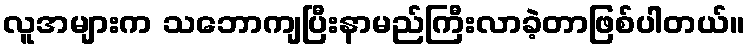
လူအများက သဘောကျပြီးနာမည်ကြီးလာခဲ့တာဖြစ်ပါတယ်။